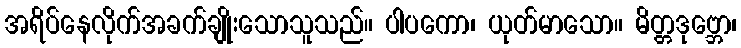
အရိပ်နေလိုက်အခက်ချိုးသောသူသည်။ ပါပကော၊ ယုတ်မာသော။ မိတ္တဒုဗ္ဘော၊